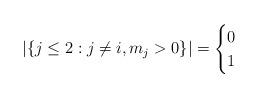
LaTeX: \begin{align*}|\{ j\le 2: j \not=i, m_j>0 \}| = \begin{cases} 0 \\1 \end{cases}\end{align*}